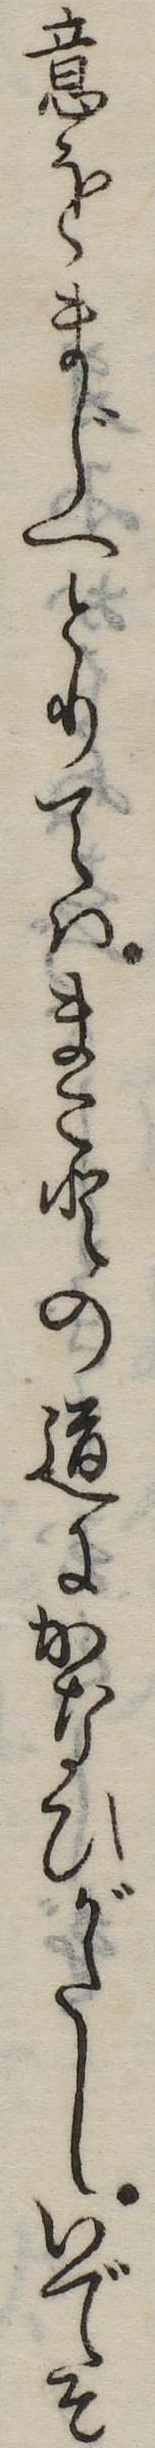
意をまじへとりてはまことの道にかなひがたしいでそ